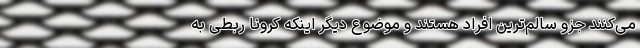
می‌کنند جزو سالم‌ترین افراد هستند و موضوع دیگر اینکه کرونا ربطی به